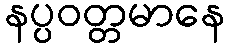
နပ္ပဝတ္တမာနေ